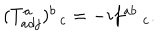
( T _ { a d j } ^ { a } ) _ { \; \; c } ^ { b } = - i f _ { \; c } ^ { a b } .